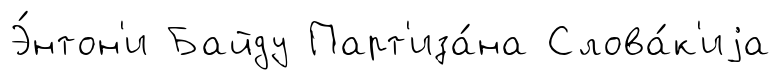
Э́нтон'и Байду Парт'иза́на Слова́к'иjа